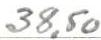
38,50